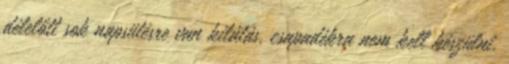
délelőtt sok napsütésre van kilátás, csapadékra nem kell készülni.